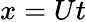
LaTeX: x=Ut